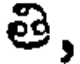
తి,